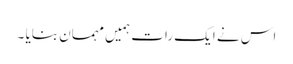
اس نے ایک رات ہمیں مہمان بنایا ۔